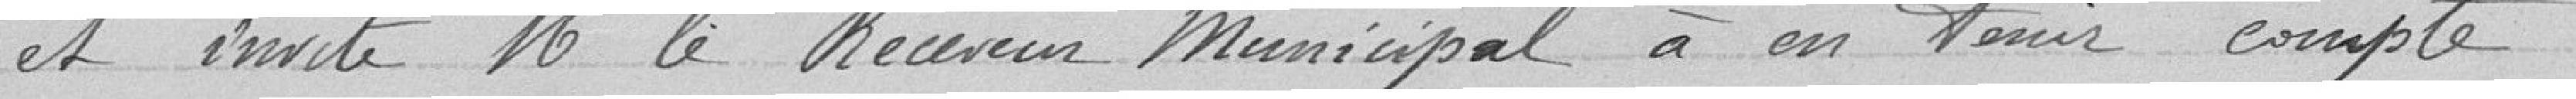
et invite Mr le Receveur Municipal à en tenir compte.